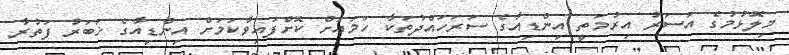
މިލޮޅުމުގެ އަސަރު އިރުމަތީ އިންޑިއާގެ ސަރަހައްދުތަކާ ހަމައަށް ކޮށްފައިވާކަމަށް އިންޑިއާގެ ޚަބަރު ފަތުރާ